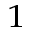
^ 1